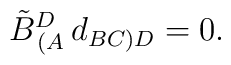
\tilde B^D_{\,(A}\,d_{BC)D}= 0 .